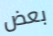
بعض